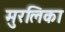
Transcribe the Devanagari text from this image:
मुरलिका